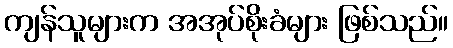
ကျန်သူများက အအုပ်စိုးခံများ ဖြစ်သည်။